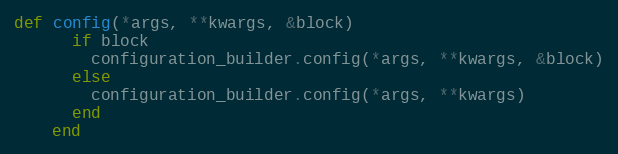
Language: Ruby
def config(*args, **kwargs, &block)
      if block
        configuration_builder.config(*args, **kwargs, &block)
      else
        configuration_builder.config(*args, **kwargs)
      end
    end